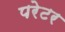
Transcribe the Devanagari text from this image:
परेटर